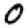
Digit: 0